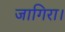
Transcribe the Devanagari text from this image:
जागिरा।